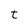
Character: t